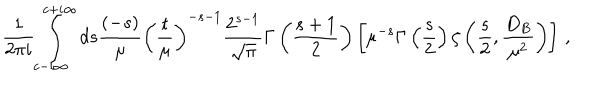
\frac 1 { 2 \pi i } \int _ { c - i \infty } ^ { c + i \infty } d s \frac { ( - s ) } { \mu } \left( \frac { t } { \mu } \right) ^ { - s - 1 } \frac { 2 ^ { s - 1 } } { \sqrt { \pi } } \Gamma \left( \frac { s + 1 } 2 \right) \left[ \mu ^ { - s } \Gamma \left( \frac s 2 \right) \zeta \left( \frac s 2 , \frac { D _ { B } } { \mu ^ { 2 } } \right) \right] \, ,